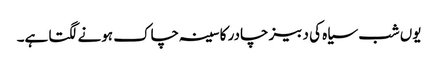
یوں شب سیاہ کی دبیز چادر کا سینہ چاک ہونے لگتا ہے۔